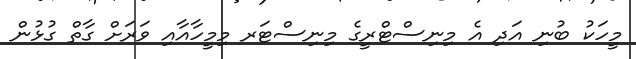
މީހަކު ބުނި އަދި އެ މިނިސްޓްރީގެ މިނިސްޓަރ މިމީހާއާއި ވަރަށް ގާތް ގުޅުން